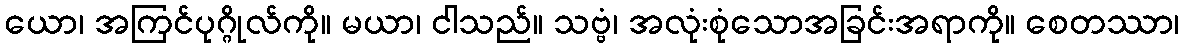
ယော၊ အကြင်ပုဂ္ဂိုလ်ကို။ မယာ၊ ငါသည်။ သဗ္ဗံ၊ အလုံးစုံသောအခြင်းအရာကို။ စေတဿာ၊